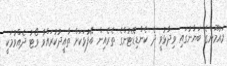
މައުމޫންގެ ބަޔާނުގައި ވިދާޅުވީ ދެ ކެންޑިޑޭޓުންގެ ތެރެއިން ބޭފުޅަކަށް ތާއީދުކުރައްވާ ވޯޓު ދެއްވުމަކީ